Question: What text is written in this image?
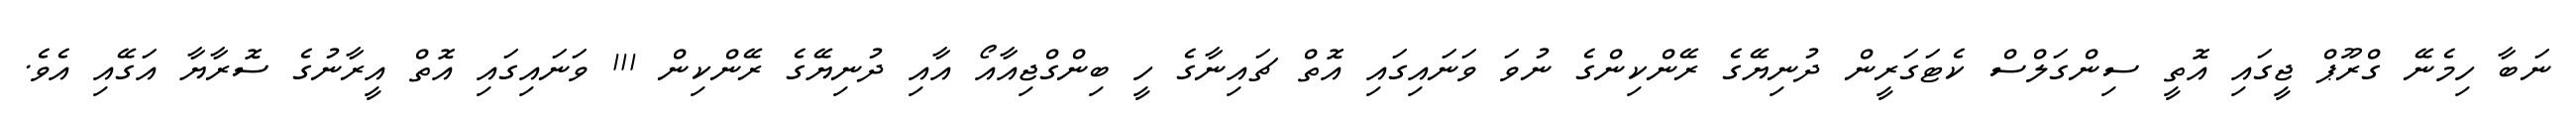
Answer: ނަބާ ހިމެނޭ ގްރޫޕް ޖީގައި އޮތީ ސިންގަލްސް ކެޓަގަރީން ދުނިޔޭގެ ރޭންކިންގެ ނުވަ ވަނައިގައި އޮތް ޗައިނާގެ ހީ ބިންގްޖިއާއޯ އާއި ދުނިޔޭގެ ރޭންކިން 111 ވަނައިގައި އޮތް އީރާނުގެ ސޮރާޔާ އަގޭއި އެވެ.